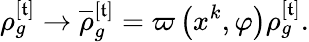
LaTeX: \rho_{g}^{[\mathfrak{t}]}\rightarrow\overline{{{{\rho}}}}_{g}^{[\mathfrak{t}]}=\varpi\left(x^{k},\varphi\right)\rho_{g}^{[\mathfrak{t}]}.